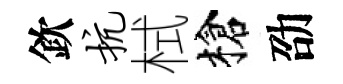
欽抗栻槍劭